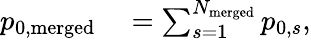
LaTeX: \begin{array}{rl}{p_{0,\mathrm{{merged}}}}&{{}=\sum_{s=1}^{N_{\mathrm{{merged}}}}{p_{0,s}},}\end{array}